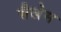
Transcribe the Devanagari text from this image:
सैलेम